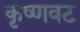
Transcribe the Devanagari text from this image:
कृष्णवट